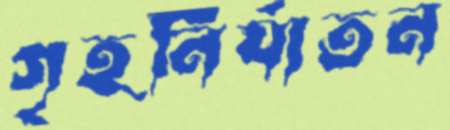
গৃহনির্যাতন